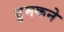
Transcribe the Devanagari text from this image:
ठुमकने